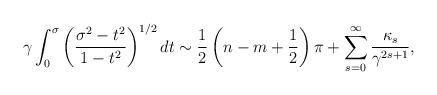
LaTeX: \begin{align*}\gamma\int_{0}^{\sigma}{\left( {\frac{\sigma^{2}-t^{2}}{1-t^{2}}}\right) ^{1/2}dt} \sim\frac{1}{2}\left( {n-m+\frac{1}{2}} \right) \pi+\sum\limits_{s=0}^{\infty}{\frac{\kappa_{s} }{\gamma^{2s+1}}} ,\end{align*}